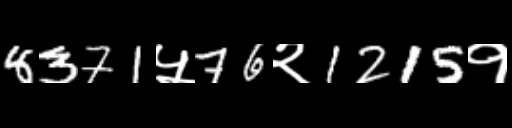
Text: 8371५76२1215१